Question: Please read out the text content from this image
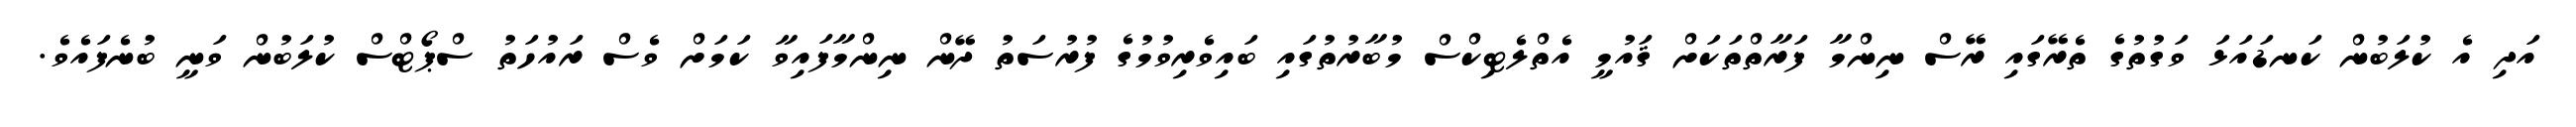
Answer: އަދި އެ ކުލަބުން ކަނޑައަޅަ ވަގުތުގެ ތެރޭގައި ރޭސް ނިންމާ ފަރާތްތަކަށް ޤައުމީ އެތްލެޓިކްސް މުބާރުތުގައި ބައިވެރިވުމުގެ ފުރުސަތު ދޭން ނިންމާފައިވާ ކަމަށް ވެސް ރައުހަތު ސްޕޯޓްސް ކުލަބުން ވަނީ ބުނެފައެވެ.